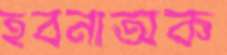
হবনাঅক